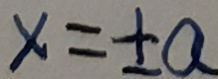
x = \pm a